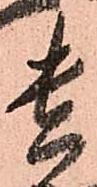
貴